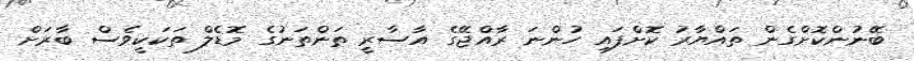
ބޭނުންކޮށްގެން ތައްޔާރު ކޮށްފައި ހުންނަ ރާއްޖޭގެ އާސާރީ ތަންތަނުގެ މޮޑެލް ތަކަކީވެސް ބާރަށް